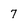
Character: 7